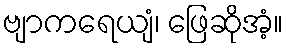
ဗျာကရေယျံ၊ ဖြေဆိုအံ့။